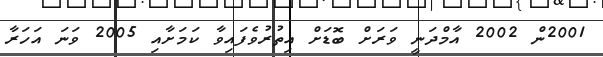
2001ން 2002 އާމްދަނީ ވަރަށް ބޮޑަށް އިތުރުވެފައިވާ ކަމަށާއި 2005 ވަނަ އަހަރާ